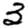
Digit: 3